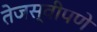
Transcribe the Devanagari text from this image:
तेजस्वीपणे